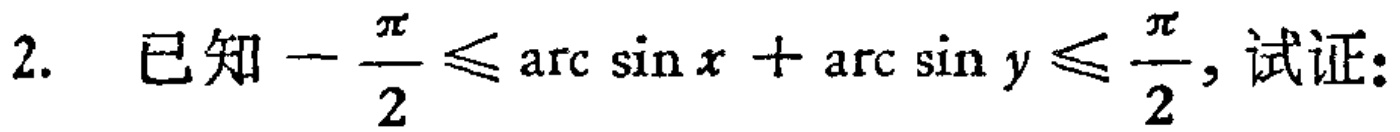
2. 已知\(-\frac{\pi}{2} \leq \arcsin x+\arcsin y \leq \frac{\pi}{2}\), 试证: